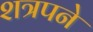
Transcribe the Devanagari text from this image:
शत्रपने